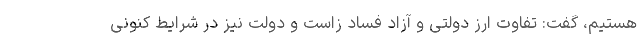
هستیم، گفت: تفاوت ارز دولتی و آزاد فساد زاست و دولت نیز در شرایط کنونی